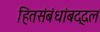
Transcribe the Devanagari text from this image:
हितसंबंधांबद्दल